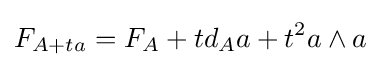
F_{A+ta}=F_{A}+td_{A}a+t^{2}a\wedge a